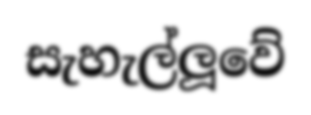
සැහැල්ලූවේ